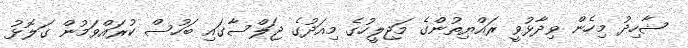
ޝާހިދު މިހެން ވިދާޅުވީ ރައްޔިތުންގެ މަޖިލީހުގެ މިއަދުގެ ޖަލްސާގައި ބަހުސް ކުރައްވަމުން ގަލޮޅު